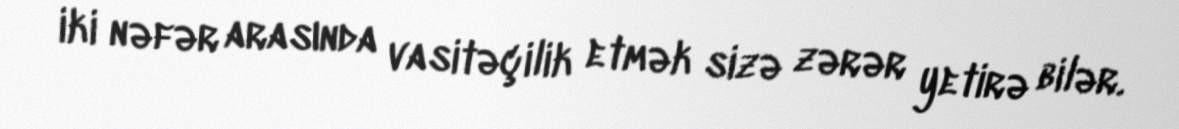
iki nəfər arasında vasitəçilik etmək sizə zərər yetirə bilər.